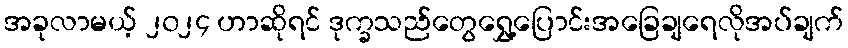
အခုလာမယ့် ၂၀၂၄ ဟာဆိုရင် ဒုက္ခသည်တွေရွှေ့ပြောင်းအခြေချရေလိုအပ်ချက်